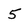
Character: 5